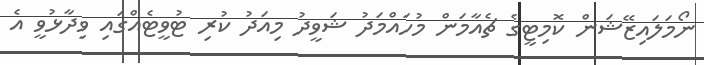
ނޯމަލައިޒޭޝަން ކޮމިޓީގެ ޗެއާމަން މުހައްމަދު ޝަވީދު މިއަދު ކުރި ޓުވީޓެއްގައި ވިދާޅުވީ އެ